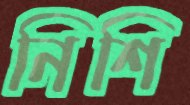
নিশি